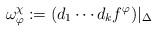
LaTeX: \begin{align*}\omega^\chi_\varphi:=(d_1\cdots d_k f^\varphi)|_\Delta\end{align*}